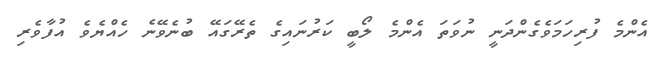
އެންމެ ފުރިހަމަވެގެންދަނީ ނުވަތަ އެންމެ ލޯބީ ކަރުނައިގެ ތެރޭގައޭ ބުނެވޭނެ ހެއްޔެވެ އުފާވެރި